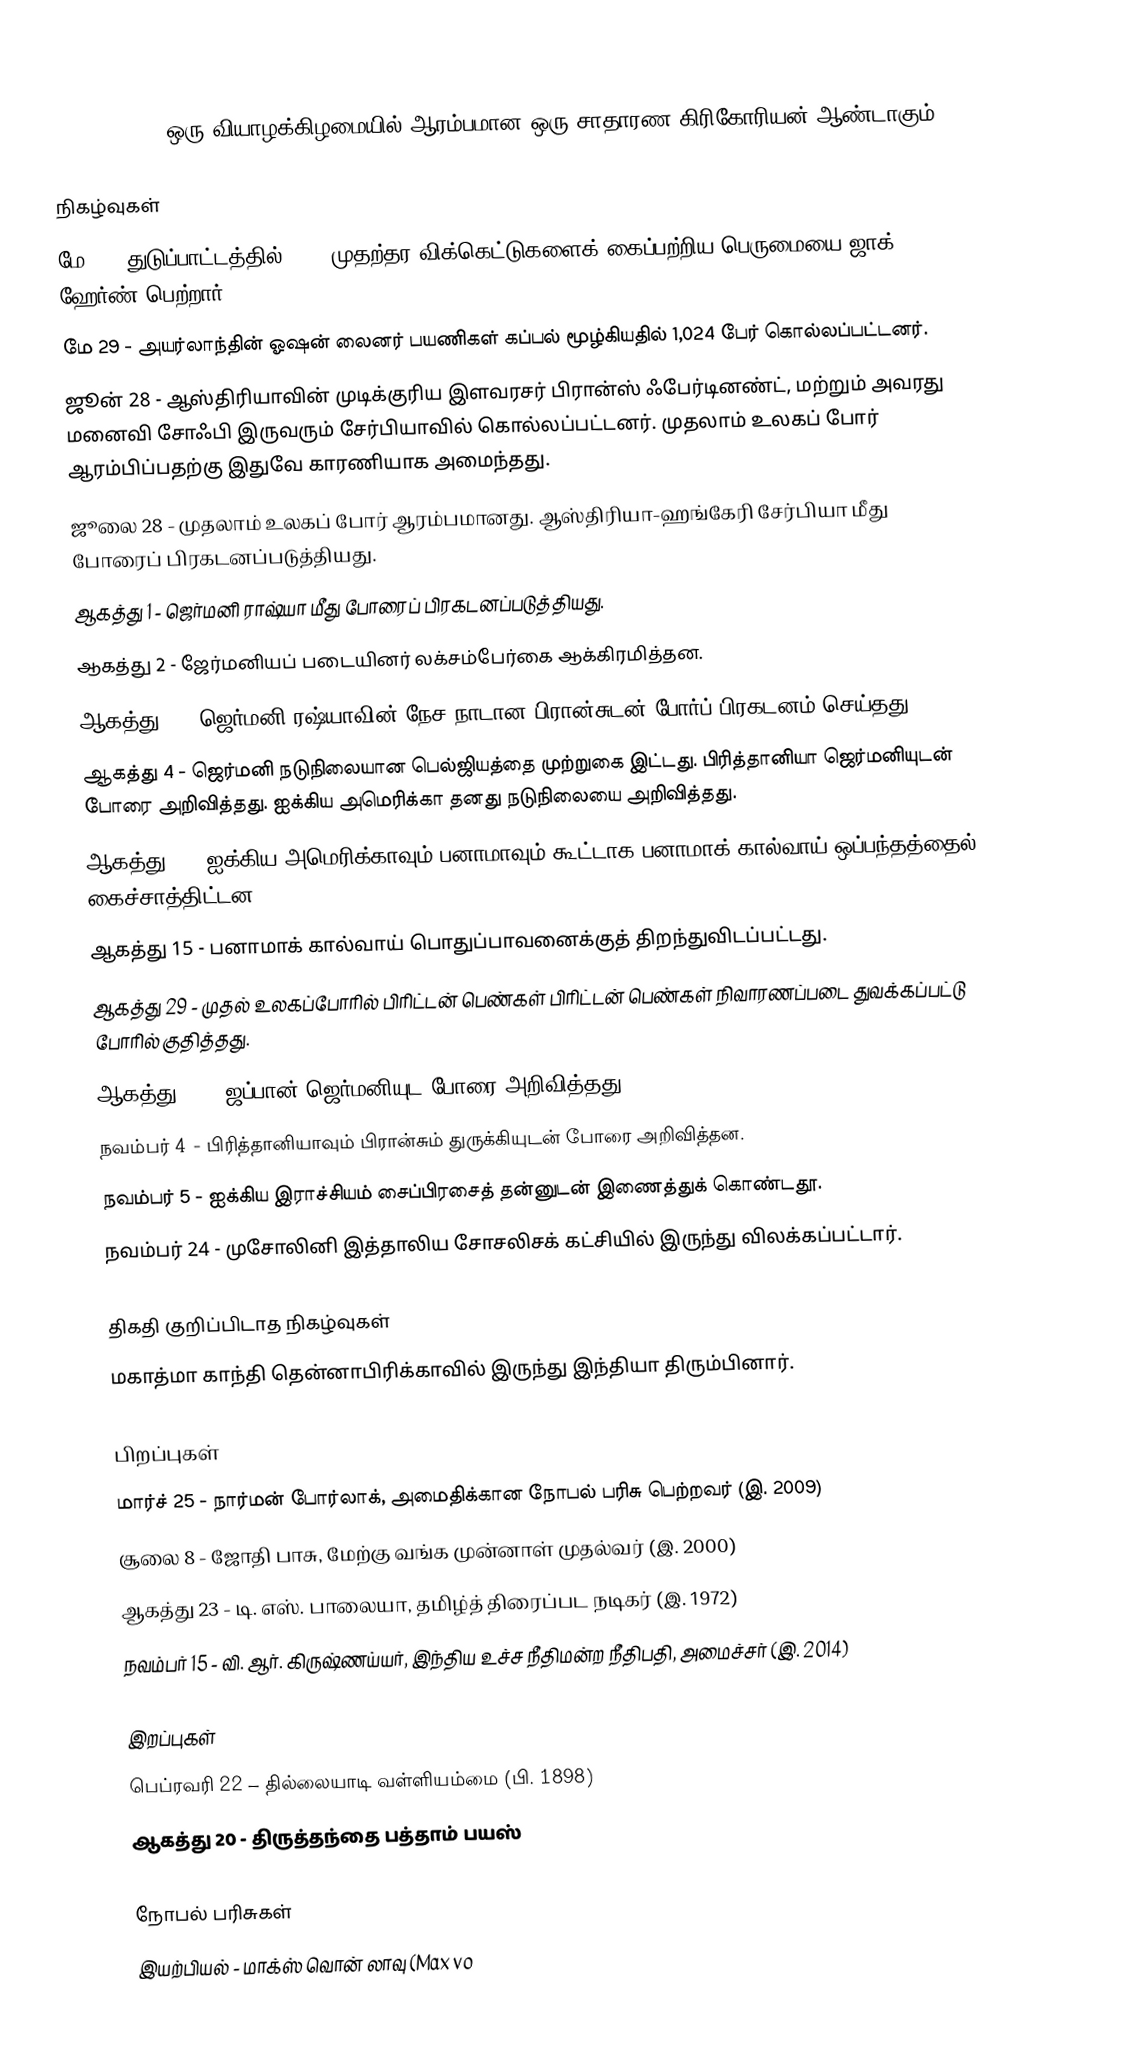
1914  (MCMXIV) ஒரு வியாழக்கிழமையில் ஆரம்பமான ஒரு சாதாரண கிரிகோரியன் ஆண்டாகும்.

நிகழ்வுகள்
 மே 9 - துடுப்பாட்டத்தில் 3000 முதற்தர விக்கெட்டுகளைக் கைப்பற்றிய பெருமையை ஜாக் ஹேர்ண் பெற்றார்.
 மே 29 - அயர்லாந்தின் ஓஷன் லைனர் பயணிகள் கப்பல் மூழ்கியதில் 1,024 பேர் கொல்லப்பட்டனர்.
 ஜூன் 28 - ஆஸ்திரியாவின் முடிக்குரிய இளவரசர் பிரான்ஸ் ஃபேர்டினண்ட், மற்றும் அவரது மனைவி சோஃபி இருவரும் சேர்பியாவில் கொல்லப்பட்டனர். முதலாம் உலகப் போர் ஆரம்பிப்பதற்கு இதுவே காரணியாக அமைந்தது.
 ஜூலை 28 - முதலாம் உலகப் போர் ஆரம்பமானது. ஆஸ்திரியா-ஹங்கேரி சேர்பியா மீது போரைப் பிரகடனப்படுத்தியது.
 ஆகத்து 1 - ஜெர்மனி ராஷ்யா மீது போரைப் பிரகடனப்படுத்தியது.
 ஆகத்து 2 - ஜேர்மனியப் படையினர் லக்சம்பேர்கை ஆக்கிரமித்தன.
 ஆகத்து 3 - ஜெர்மனி ரஷ்யாவின் நேச நாடான பிரான்சுடன் போர்ப் பிரகடனம் செய்தது.
 ஆகத்து 4 - ஜெர்மனி நடுநிலையான பெல்ஜியத்தை முற்றுகை இட்டது. பிரித்தானியா ஜெர்மனியுடன் போரை அறிவித்தது. ஐக்கிய அமெரிக்கா தனது நடுநிலையை அறிவித்தது.
 ஆகத்து 5 - ஐக்கிய அமெரிக்காவும் பனாமாவும் கூட்டாக பனாமாக் கால்வாய் ஒப்பந்தத்தைல் கைச்சாத்திட்டன.
 ஆகத்து 15 - பனாமாக் கால்வாய் பொதுப்பாவனைக்குத் திறந்துவிடப்பட்டது.
 ஆகத்து 29 - முதல் உலகப்போரில் பிரிட்டன் பெண்கள் பிரிட்டன் பெண்கள் நிவாரணப்படை துவக்கப்பட்டு போரில் குதித்தது.
 ஆகத்து 23 - ஜப்பான் ஜெர்மனியுட போரை அறிவித்தது.
 நவம்பர் 4 - பிரித்தானியாவும் பிரான்சும் துருக்கியுடன் போரை அறிவித்தன.
 நவம்பர் 5 - ஐக்கிய இராச்சியம் சைப்பிரசைத் தன்னுடன் இணைத்துக் கொண்டதூ.
 நவம்பர் 24 - முசோலினி இத்தாலிய சோசலிசக் கட்சியில் இருந்து விலக்கப்பட்டார்.

திகதி குறிப்பிடாத நிகழ்வுகள்
 மகாத்மா காந்தி தென்னாபிரிக்காவில் இருந்து இந்தியா திரும்பினார்.

பிறப்புகள்
 மார்ச் 25 - நார்மன் போர்லாக், அமைதிக்கான நோபல் பரிசு  பெற்றவர் (இ. 2009)
 சூலை 8 - ஜோதி பாசு, மேற்கு வங்க முன்னாள் முதல்வர் (இ. 2000)
 ஆகத்து 23 - டி. எஸ். பாலையா, தமிழ்த் திரைப்பட நடிகர் (இ. 1972)
 நவம்பர் 15 - வி. ஆர். கிருஷ்ணய்யர், இந்திய உச்ச நீதிமன்ற நீதிபதி, அமைச்சர் (இ. 2014)

இறப்புகள்
 பெப்ரவரி 22 – தில்லையாடி வள்ளியம்மை (பி. 1898)
 ஆகத்து 20 - திருத்தந்தை பத்தாம் பயஸ்

நோபல் பரிசுகள்
 இயற்பியல் - மாக்ஸ் வொன் லாவு (Max vo